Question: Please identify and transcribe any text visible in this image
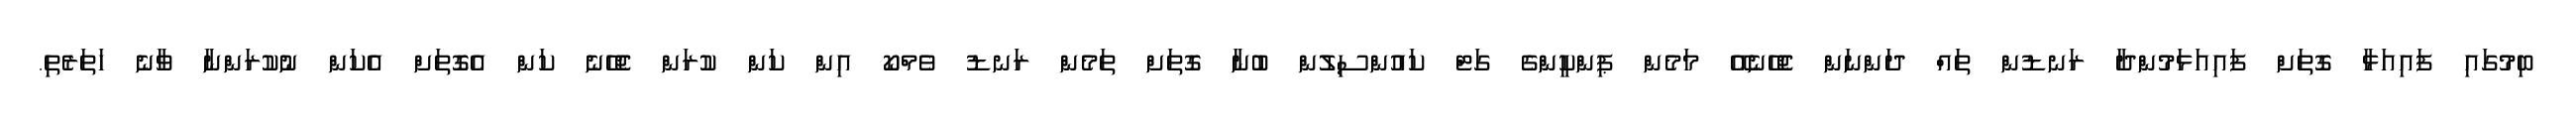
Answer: ބިމުގައި ފައިއަޅާ ގޮތަށް ފައިއަޅަމުންދާ ރަނޑުން ތައް ދަންނަން ޖެހޭނެއޭ މަމެން ޕިންކީންގެ ގަޓް ކައުންސިލުން ބުނާ ގޮތަށް ތަމެން ރަނޑު ވެމްކޯ އިން ކަން ކުރަން ޖެހޭނެ ކަން އެގޮތަށް އެކަން ނުކުރަންނާ ވާނެ ހަތަރެތި.